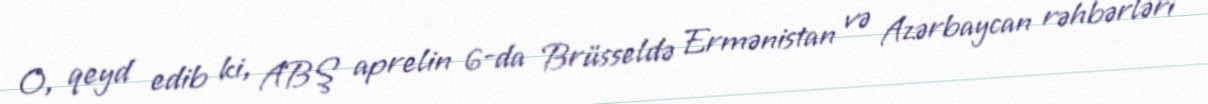
O, qeyd edib ki, ABŞ aprelin 6-da Brüsseldə Ermənistan və Azərbaycan rəhbərləri